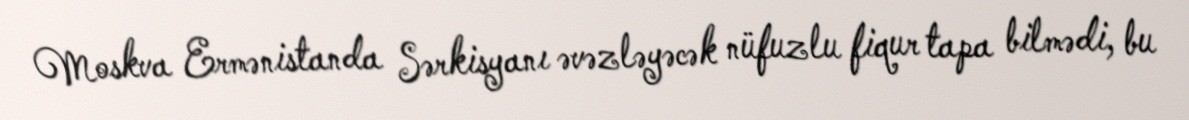
Moskva Ermənistanda Sərkisyanı əvəzləyəcək nüfuzlu fiqur tapa bilmədi, bu